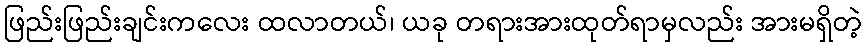
ဖြည်းဖြည်းချင်းကလေး ထလာတယ်၊ ယခု တရားအားထုတ်ရာမှလည်း အားမရှိတဲ့